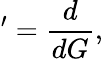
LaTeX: '=\frac{d}{dG},